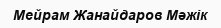
Мейрам Жанайдаров Мәжік